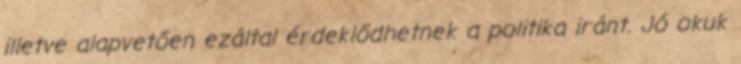
illetve alapvetően ezáltal érdeklődhetnek a politika iránt. Jó okuk